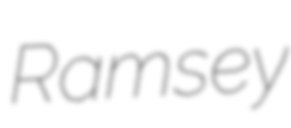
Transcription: Ramsey